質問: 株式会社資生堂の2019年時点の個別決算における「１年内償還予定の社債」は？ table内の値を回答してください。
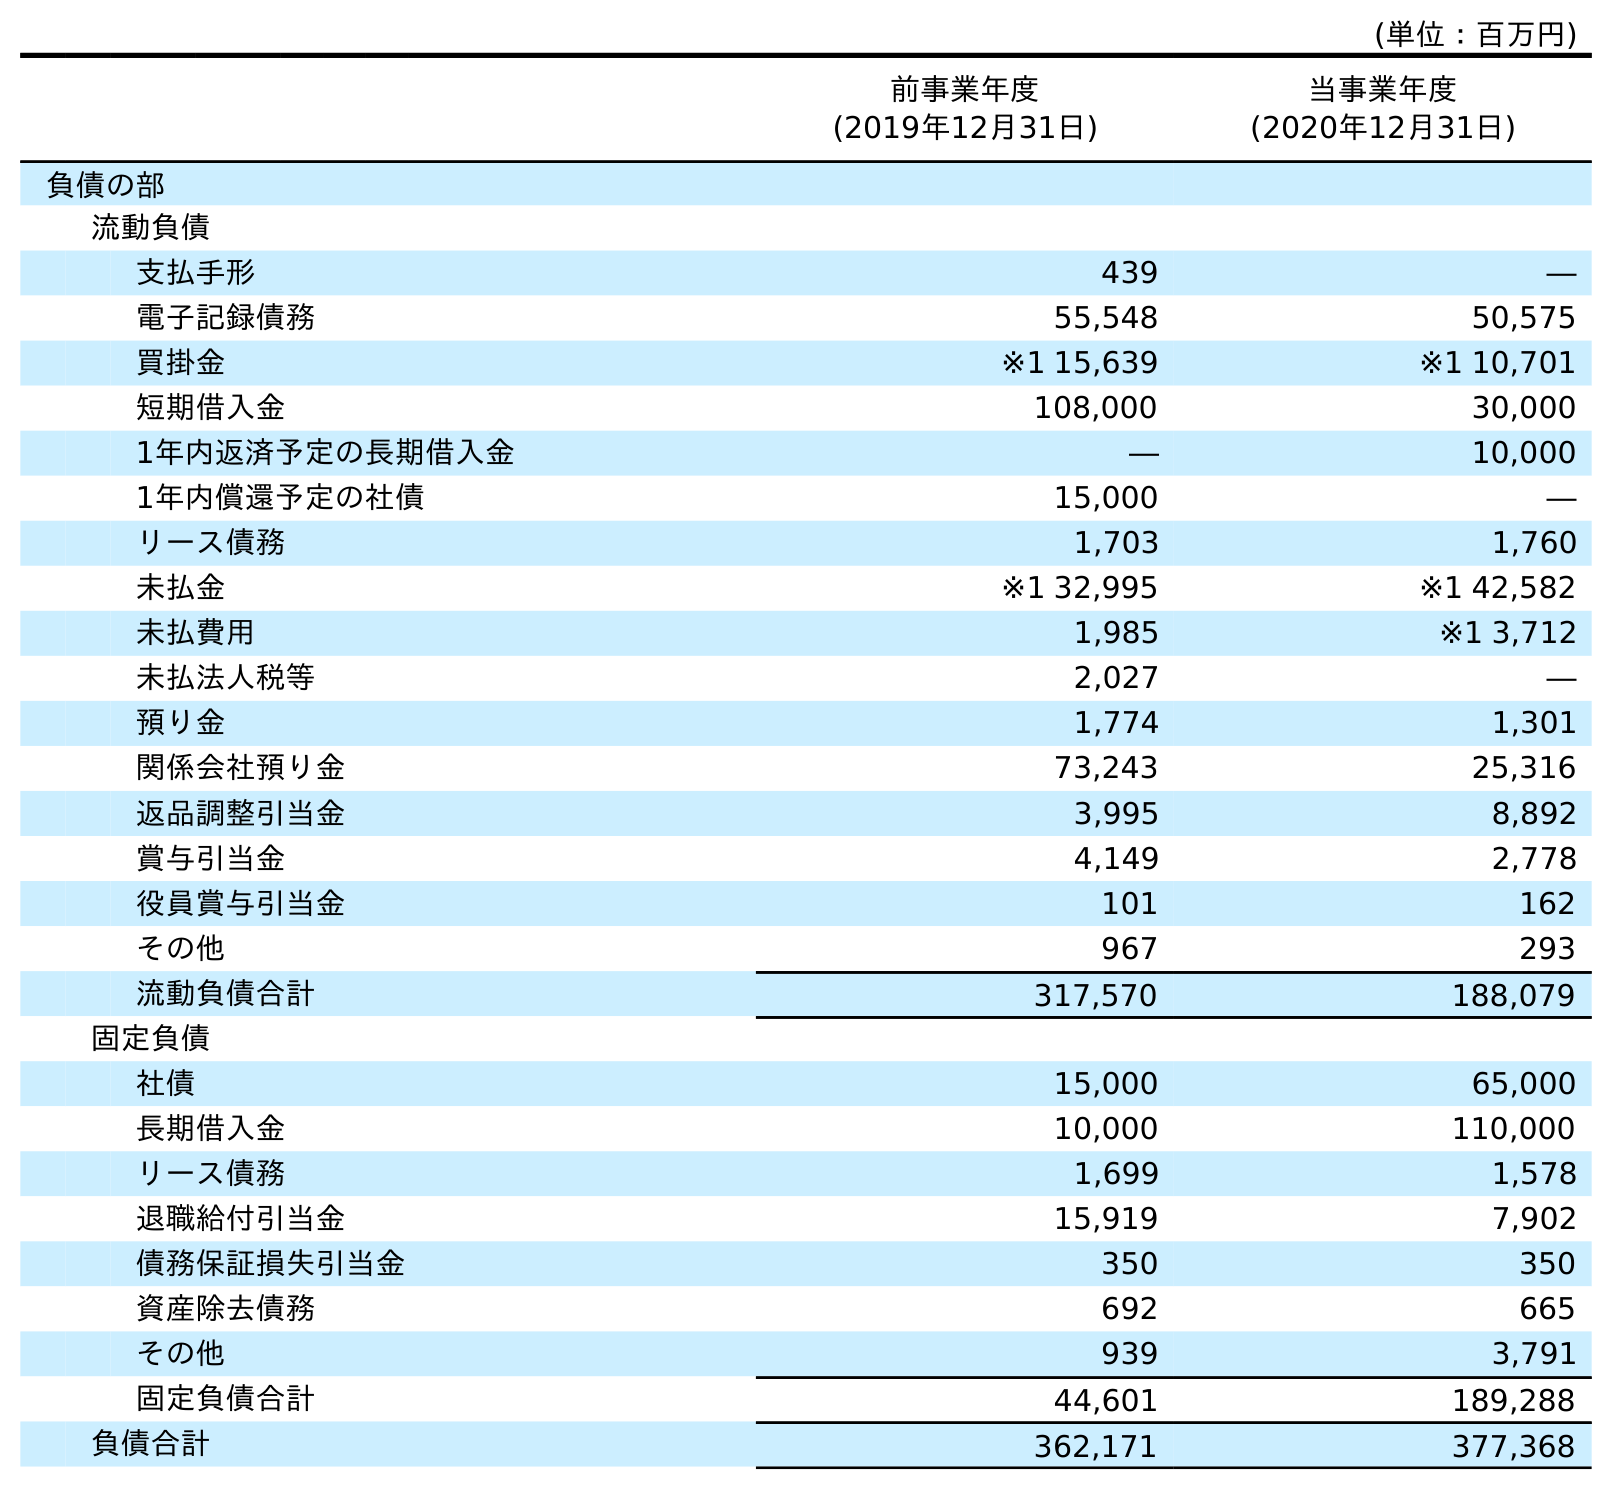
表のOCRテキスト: (単位：百万円) 前事業年度 (2019年12月31日) 当事業年度 (2020年12月31日) 負債の部 流動負債 支払手形 439 ― 電子記録債務 55,548 50,575 買掛金 ※1 15,639 ※1 10,701 短期借入金 108,000 30,000 1年内返済予定の長期借入金 ― 10,000 1年内償還予定の社債 15,000 ― リース債務 1,703 1,760 未払金 ※1 32,995 ※1 42,582 未払費用 1,985 ※1 3,712 未払法人税等 2,027 ― 預り金 1,774 1,301 関係会社預り金 73,243 25,316 返品調整引当金 3,995 8,892 賞与引当金 4,149 2,778 役員賞与引当金 101 162 その他 967 293 流動負債合計 317,570 188,079 固定負債 社債 15,000 65,000 長期借入金 10,000 110,000 リース債務 1,699 1,578 退職給付引当金 15,919 7,902 債務保証損失引当金 350 350 資産除去債務 692 665 その他 939 3,791 固定負債合計 44,601 189,288 負債合計 362,171 377,368
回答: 15,000